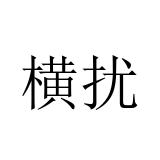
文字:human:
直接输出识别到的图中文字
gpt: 横扰